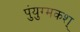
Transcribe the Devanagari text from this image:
पुंयुग्मकश्